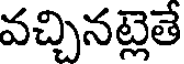
వచ్చినట్లెతే